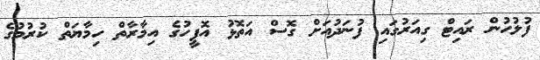
ފުލުހުން ރައިޓް ގިއަރުގައި ފުނަދުއަށް ގޮސް އަތޮޅު އޮފީހުގެ އިމާރާތް ހިމާޔަތް ކުރުމުގެ